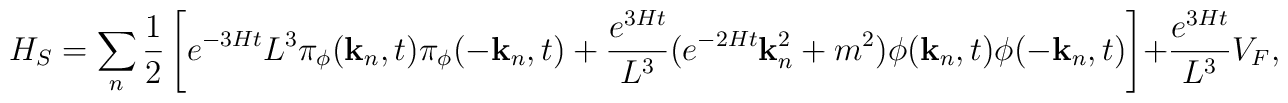
H_S=\sum_n \frac{1}{2} \left[ e^{-3Ht} L^3\pi_{\phi}({\bf k}_n,t)\pi_{\phi}(-{\bf k}_n,t)+ \frac{e^{3Ht}}{L^3}(e^{-2Ht}{\bf k}_n^2+m^2)\phi({\bf k}_n,t)\phi(-{\bf k}_n,t)\right] +\frac{e^{3Ht}}{L^3}V_F,